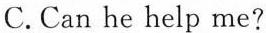
C.Can he help me?